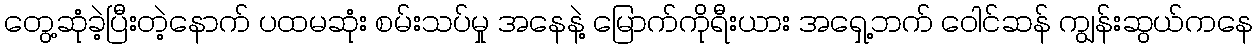
တွေ့ဆုံခဲ့ပြီးတဲ့နောက် ပထမဆုံး စမ်းသပ်မှု အနေနဲ့ မြောက်ကိုရီးယား အရှေ့ဘက် ဝေါင်ဆန် ကျွန်းဆွယ်ကနေ